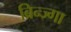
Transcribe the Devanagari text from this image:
ब्रिन्ज्गा